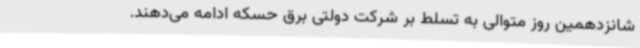
شانزدهمین روز متوالی به تسلط بر شرکت دولتی برق حسکه ادامه می‌دهند.